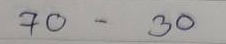
70 - 30